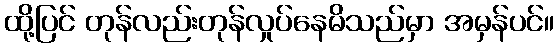
ထို့ပြင် တုန်လည်းတုန်လှုပ်နေမိသည်မှာ အမှန်ပင်။